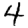
Digit: 4